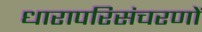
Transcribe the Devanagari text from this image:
धारापरिसंचरणों